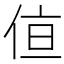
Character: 𪝂